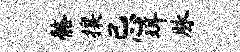
髂攘忌珥脉